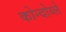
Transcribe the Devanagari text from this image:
कोन्दोय्ले